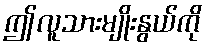
ဤလူသားမျိုးနွယ်ကို